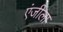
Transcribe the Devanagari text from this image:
एंजीला